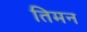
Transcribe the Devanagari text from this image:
तिमन